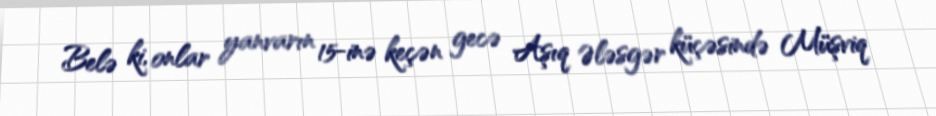
Belə ki, onlar yanvarın 15-inə keçən gecə Aşıq Ələsgər küçəsində Müşviq